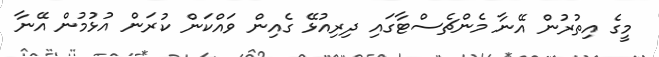
މީގެ އިތުރުން އޭނާ މެންޗެސްޓާގައި ދިރިއުޅޭ ގެއިން ވައްކަން ކުރަން އުޅުމުން އޭނާ